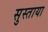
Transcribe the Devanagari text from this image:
सुस्ताया